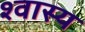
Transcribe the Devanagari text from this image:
श्वास्य